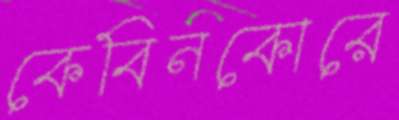
কেবিনকোরে